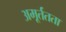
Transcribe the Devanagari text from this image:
अमूर्ततता